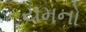
યમનો